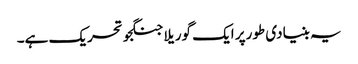
یہ بنیادی طورپر ایک گوریلا جنگجو تحریک ہے۔